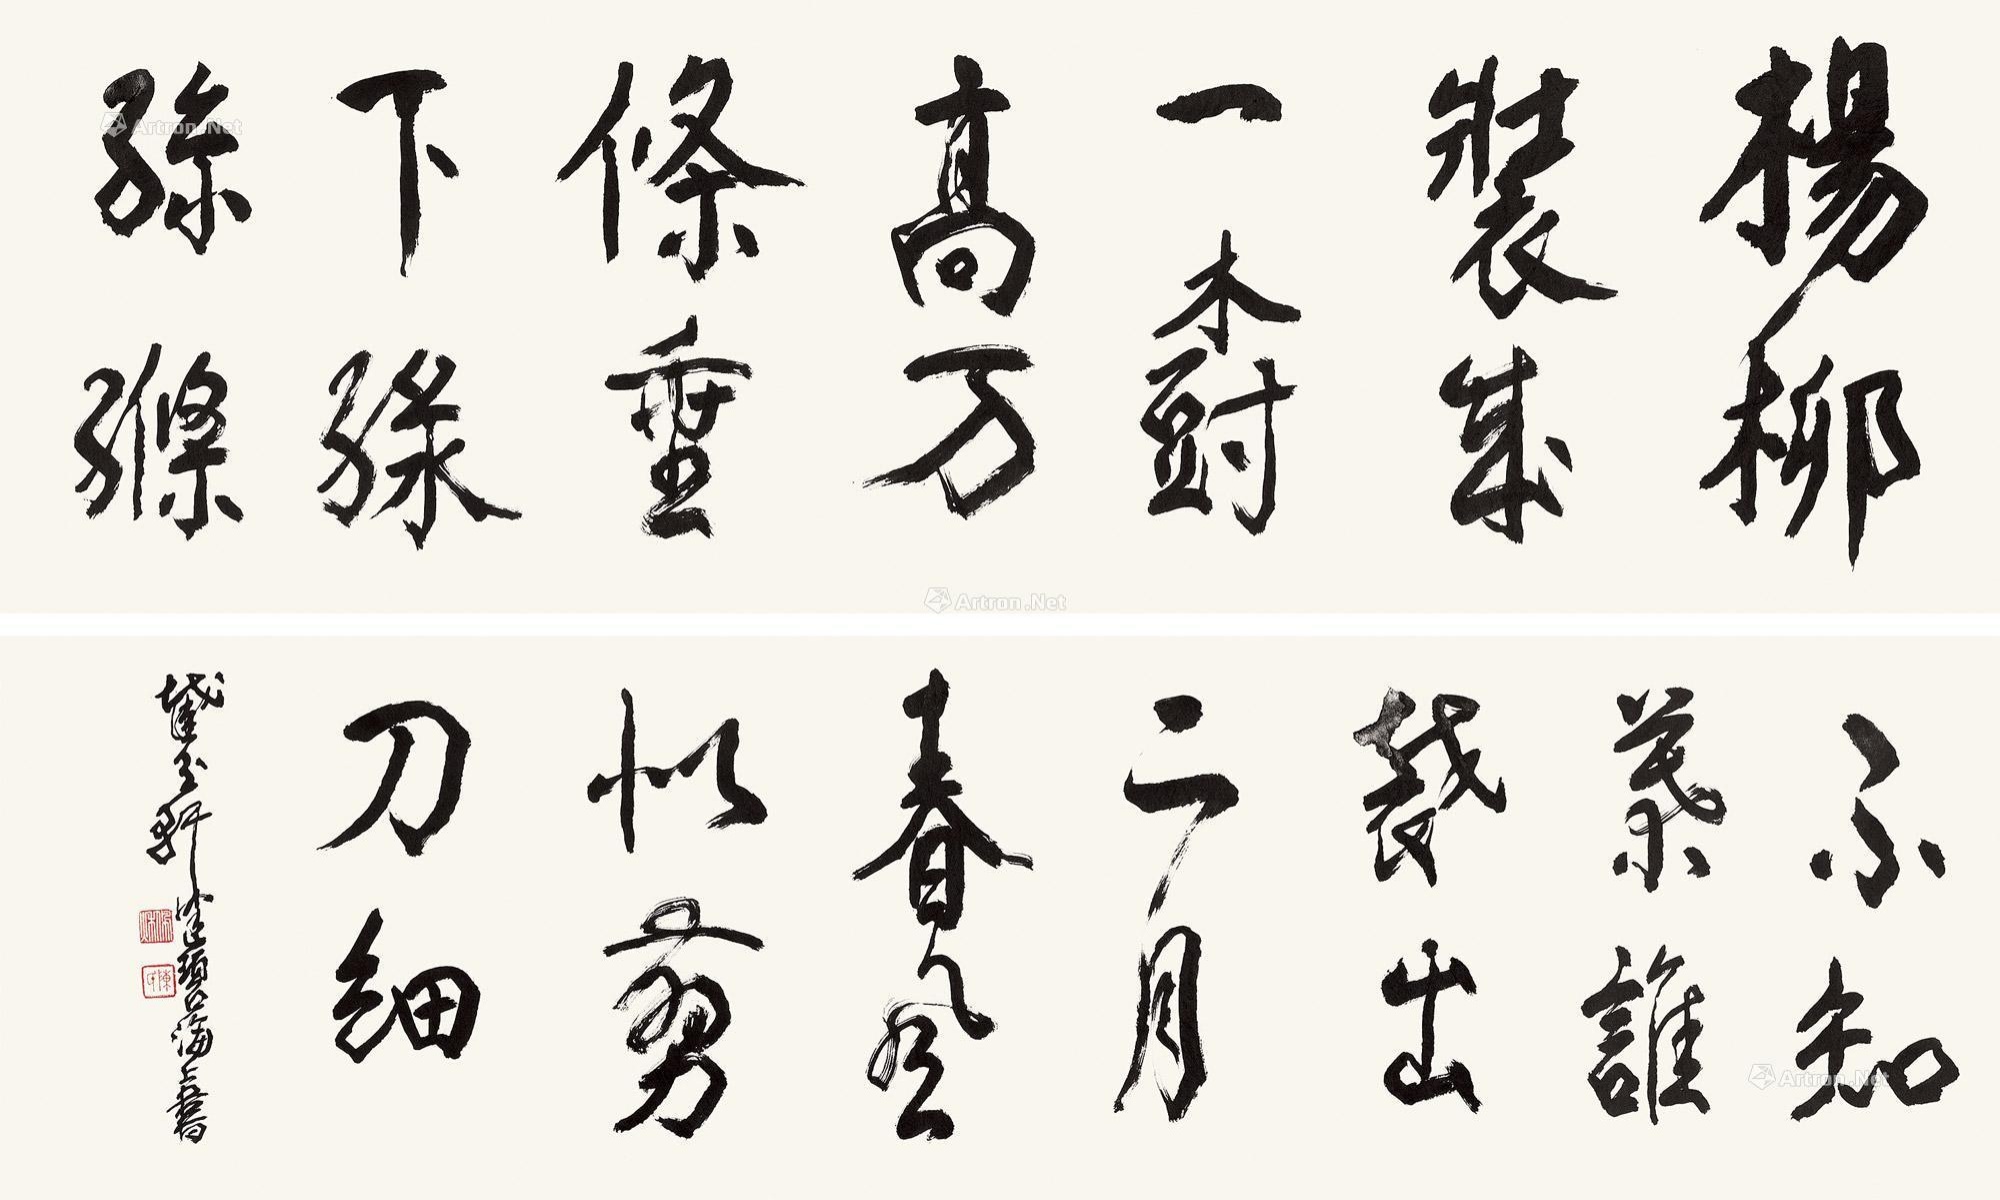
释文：杨柳装成一树高，万条垂下绿丝绦。不知（细）叶谁裁出，二月春风似剪刀。截玉轩健碧海上书。